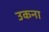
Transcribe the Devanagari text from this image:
उकना